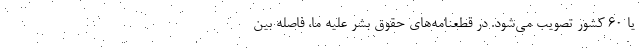
يا 60 كشور تصويب مي‌شود. در قطعنامه‌هاي حقوق بشر عليه ما، فاصله بين